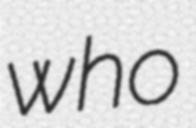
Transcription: who